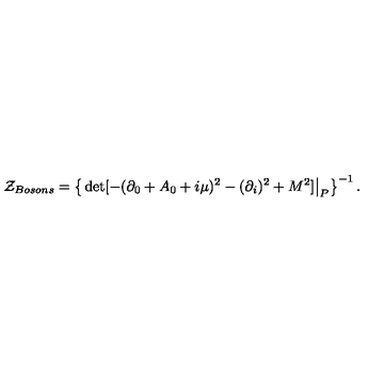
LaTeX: { \cal Z } _ { B o s o n s } = \left\{ \left. \det [ - ( \partial _ { 0 } + A _ { 0 } + i \mu ) ^ { 2 } - ( \partial _ { i } ) ^ { 2 } + M ^ { 2 } ] \right| _ { P } \right\} ^ { - 1 } .